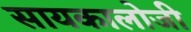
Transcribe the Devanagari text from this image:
सायकालोजी